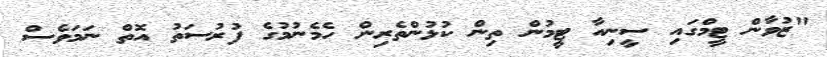
"ޒުވާން ޓީމްގައި ސީނިއާ ޓީމުން ތިން ކުޅުންތެރިން ހެމެނުމުގެ ފުރުސަތު އޮތް ނަމަވެސް